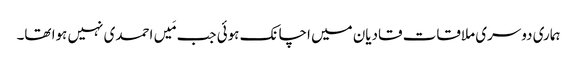
ہماری دوسری ملاقات قادیان میں اچانک ہوئی جب مَیں احمدی نہیں ہوا تھا۔